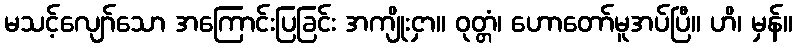
မသင့်လျော်သော အကြောင်းပြခြင်း အကျိုးငှာ။ ဝုတ္တံ၊ ဟောတော်မူအပ်ပြီ။ ဟိ၊ မှန်။